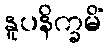
နူပနိက္ခမိံ